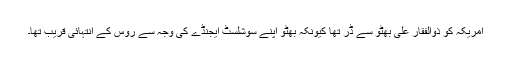
امریکہ کو ذوالفقار علی بھٹو سے ڈر تھا کیونکہ بھٹو اپنے سوشلسٹ ایجنڈے کی وجہ سے روس کے انتہائی قریب تھا۔